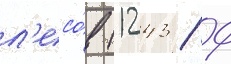
л'есо́в (1243 / 9